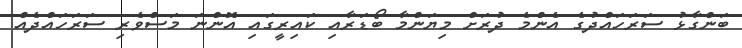
ބަންގާޅު ސަރަހައްދުގެ އެންމެ ދުރަށް މިޔަންމާ ބޯޑަރާއި ކައިރީގައި އޮންނަ މަސްވެރި ސަރަހައްދެއް